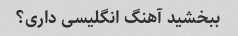
ببخشید آهنگ انگلیسی داری؟